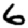
Digit: 6